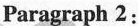
Paragraph 2: